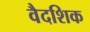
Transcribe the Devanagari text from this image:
वैदशिक